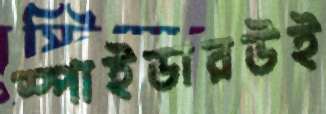
স্পাইডারউই